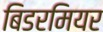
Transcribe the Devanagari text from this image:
बिडरमियर